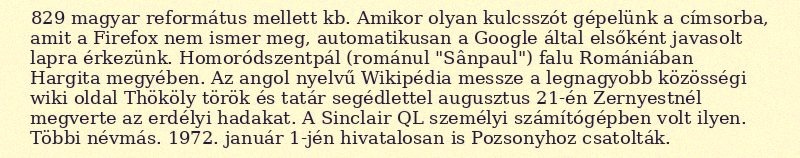
829 magyar református mellett kb. Amikor olyan kulcsszót gépelünk a címsorba, amit a Firefox nem ismer meg, automatikusan a Google által elsőként javasolt lapra érkezünk. Homoródszentpál (románul "Sânpaul") falu Romániában Hargita megyében. Az angol nyelvű Wikipédia messze a legnagyobb közösségi wiki oldal Thököly török és tatár segédlettel augusztus 21-én Zernyestnél megverte az erdélyi hadakat. A Sinclair QL személyi számítógépben volt ilyen. Többi névmás. 1972. január 1-jén hivatalosan is Pozsonyhoz csatolták.